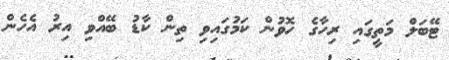
ޓޭބަލް މަތީގައި ރިހާގެ ހޮވުން ކަމުގައިވި ތިން ކާޑު ބޭއްވި އިރު އެހެން